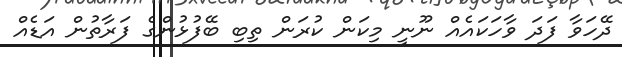
ދޭހަވާ ފަދަ ވާހަކައެއް ނޫނީ މިކަން ކުރަން ތިބި ބޭފުޅުންގެ ފަރާތުން އަޑެއް